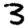
Digit: 3